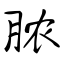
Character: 脓